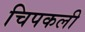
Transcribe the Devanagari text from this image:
चिपकली